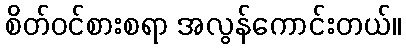
စိတ်ဝင်စားစရာ အလွန်ကောင်းတယ်။